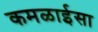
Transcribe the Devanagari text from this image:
कमळाईसा